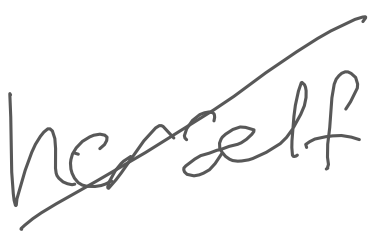
Text: herself
Cross-out: diagonal
Writing tool: digital_gray